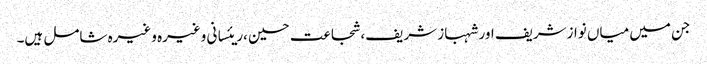
جن میں میاں نوازشریف اور شہباز شریف ،شجاعت حسین ،ریئسانی وغیرہ وغیرہ شامل ہیں۔